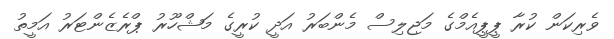
ވެރިކަން ކުރާ ޕީޕީއެމްގެ މަޖިލިސް މެންބަރު އަދީ ކުރީގެ މަޝްހޫރު ޕްރެޒެންޓަރު އަމީތު